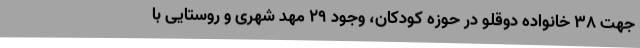
جهت 38 خانواده دوقلو در حوزه کودکان، وجود 29 مهد شهری و روستایی با